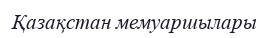
Қазақстан мемуаршылары